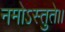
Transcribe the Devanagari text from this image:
नमोऽस्तुते।।